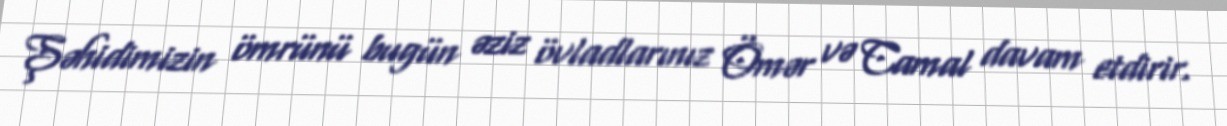
Şəhidimizin ömrünü bugün əziz övladlarınız Ömər və Camal davam etdirir.